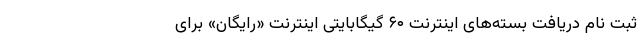
ثبت نام دریافت بسته‌های اینترنت ۶۰ گیگابایتی اینترنت «رایگان» برای